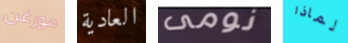
مورغن العادية نومى لماذا